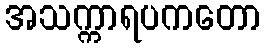
အသက္ကာရပကတော